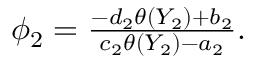
\begin{array} { r } { \phi _ { 2 } = \frac { - d _ { 2 } \theta ( Y _ { 2 } ) + b _ { 2 } } { c _ { 2 } \theta ( Y _ { 2 } ) - a _ { 2 } } . } \end{array}